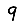
Digit: 9